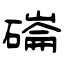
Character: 磮